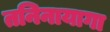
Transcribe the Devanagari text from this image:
तनिनायागा